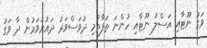
ވަގު ނޫޓާއި އަސްލު ނޫޓާއި ހުންނަ ތަފާތުމި ދުވަސްވަރު ދައުރުވަމުން ދާ ވަގު